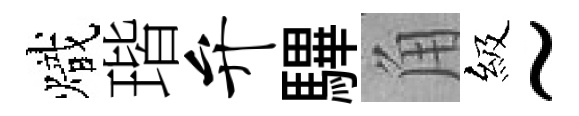
熾瑎弁驆角級~